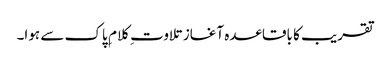
تقریب کا باقاعدہ آغاز تلاوت ِ کلام ِ پاک سے ہوا۔